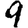
Digit: 9